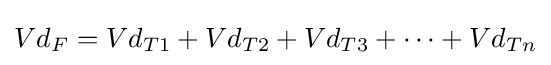
Vd_{F}=Vd_{T1}+Vd_{T2}+Vd_{T3}+\cdots +Vd_{Tn}